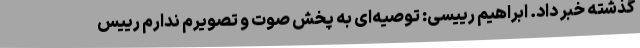
گذشته خبر داد. ابراهیم رییسی: توصیه‌ای به پخش صوت و تصویرم ندارم رییس